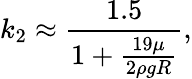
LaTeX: k_{2}\approx{\frac{1.5}{1+{\frac{19\mu}{2\rho gR}}}},